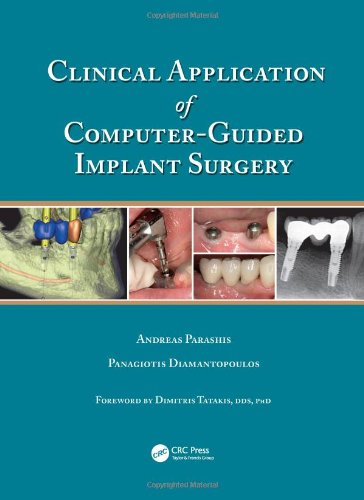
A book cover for Clinical Application of Computer-Guided Implant Surgery; Andreas Parashis; Medical Books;